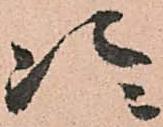
次